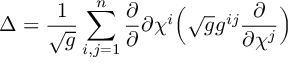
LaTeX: \Delta = \frac { 1 } { \sqrt g } \sum _ { i , j = 1 } ^ { n } \frac { \partial } { \partial } { \partial \chi ^ { i } } \Big ( \sqrt g g ^ { i j } \frac { \partial } { \partial \chi ^ { j } } \Big )